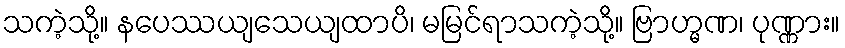
သကဲ့သို့။ နပေဿယျသေယျထာပိ၊ မမြင်ရာသကဲ့သို့။ ဗြာဟ္မဏ၊ ပုဏ္ဏား။